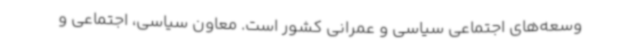
وسعه‌های اجتماعی سیاسی و عمرانی کشور است. معاون سیاسی، اجتماعی و